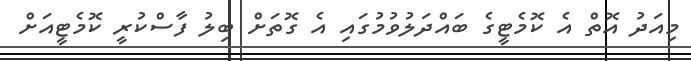
މިއަދު އޮތް އެ ކޮމެޓީގެ ބައްދަލުވުމުގައި އެ ގޮތަށް ބިލު ފާސްކުރީ ކޮމެޓީއަށް